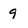
Character: 9